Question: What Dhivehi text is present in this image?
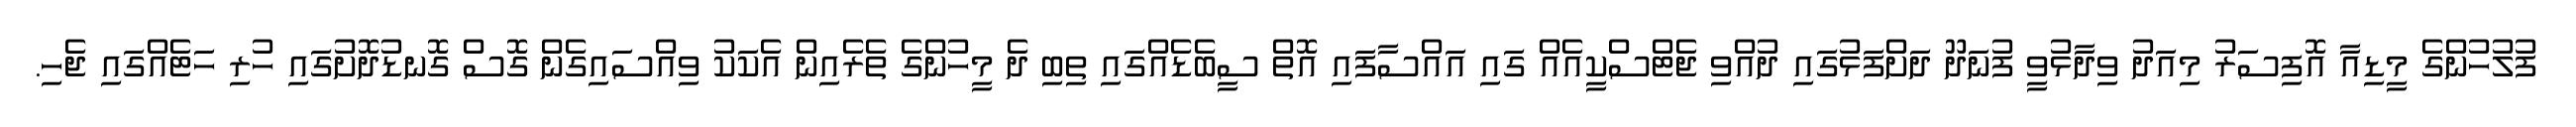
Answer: ފުލުހުންގެ މީޑިއާ އޮފިސަރު މިއަދު ވިދާޅުވީ ފުނަދޫ ދަށްފަޅުގައި ދުއްވި ޖެޓްސްކީއެއް ގައި އައްސާފައި އޮތް ސީބެޑެއްގައި ތިބި ދެ މީހުންގެ ތެރެއިން އެކަކު ވިއްސައިގެން ގޮސް ގޮނޑުދޮށުގައި ހުރި ހަޓެއްގައި ޖެހި.